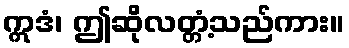
ဣဒံ၊ ဤဆိုလတ္တံ့သည်ကား။